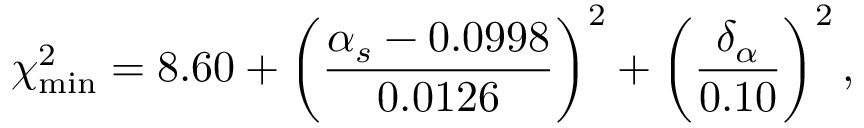
\chi _ { \mathrm { m i n } } ^ { 2 } = 8 . 6 0 + \biggl ( \frac { \alpha _ { s } - 0 . 0 9 9 8 } { 0 . 0 1 2 6 } \biggr ) ^ { 2 } + \biggl ( \frac { \delta _ { \alpha } } { 0 . 1 0 } \biggr ) ^ { 2 } \, ,